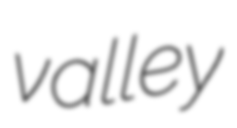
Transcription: valley